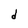
Character: d